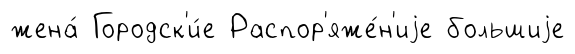
жена́ Городск'и́е Распор'яже́н'иjе большиjе